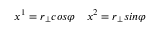
x ^ { 1 } = r _ { \bot } c o s \varphi \quad x ^ { 2 } = r _ { \bot } s i n \varphi